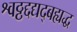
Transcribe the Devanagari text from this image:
श्वठ्ठद्दद्यद्बह्यद्ध